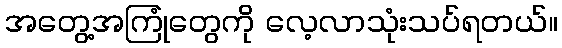
အတွေ့အကြုံတွေကို လေ့လာသုံးသပ်ရတယ်။